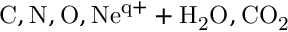
\mathrm { C , N , O , N e ^ { q + } + H _ { 2 } O , C O _ { 2 } }